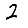
Digit: 2